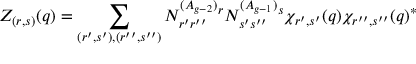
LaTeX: Z _ { ( r , s ) } ( q ) = \sum _ { ( r ^ { \prime } , s ^ { \prime } ) , ( r ^ { \prime \prime } , s ^ { \prime \prime } ) } N _ { r ^ { \prime } r ^ { \prime \prime } } ^ { ( A _ { g - 2 } ) } { } ^ { r } N _ { s ^ { \prime } s ^ { \prime \prime } } ^ { ( A _ { g - 1 } ) } { } ^ { s } \chi _ { r ^ { \prime } , s ^ { \prime } } ( q ) { \chi _ { r ^ { \prime \prime } , s ^ { \prime \prime } } ( q ) } ^ { * }